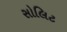
સોલિટ